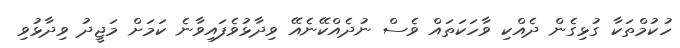
ހުކުމްތަކާ ގުޅިގެން ދެއްކި ވާހަކަތައް ވެސް ނުދެއްކޭނެއޭ ވިދާޅުވެފައިވާނެ ކަމަށް މަޖީދު ވިދާޅުވި